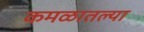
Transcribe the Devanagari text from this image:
कमळातल्या